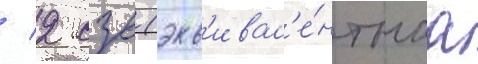
/ 2 сзв (экв'ивал'е́нтнаа